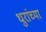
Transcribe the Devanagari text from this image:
धुरांच्या